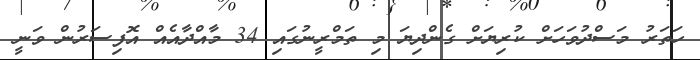
ހަތަރު މަސްދުވަހަށް ކުރިޔަށް ގެންދިޔަ މި ތަމްރީނުގައި 34 މާއްދާއެއް އޮފިސަރުން ވަނީ